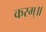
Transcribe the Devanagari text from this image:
करम्॥